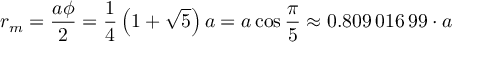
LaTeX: r _ { m } = { \frac { a \phi } { 2 } } = { \frac { 1 } { 4 } } \left( 1 + { \sqrt { 5 } } \right) a = a \cos { \frac { \pi } { 5 } } \approx 0 . 8 0 9 \, 0 1 6 \, 9 9 \cdot a